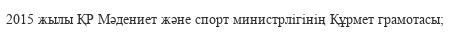
2015 жылы ҚР Мәдениет және спорт министрлігінің Құрмет грамотасы;